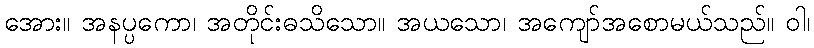
အေား။ အနပ္ပကော၊ အတိုင်းဓသိသော။ အယသော၊ အကျော်အစောမယ်သည်။ ဝါ၊